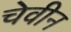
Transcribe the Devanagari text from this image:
चेवीन